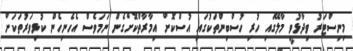
މިނިސްޓަރު ވިދާޅުވީ މާލޭގައި ހުރި ހުސްބިންތަކުގައި އުސްކޮށް އިމާރާތްކޮށްގެން ނަމަވެސް އެހެނިހެން ކުޅިވަރުތަކަށް